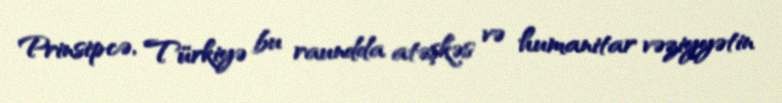
Prinsipcə, Türkiyə bu raundda atəşkəs və humanitar vəziyyətin